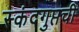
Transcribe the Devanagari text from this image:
स्कंदगुप्तची